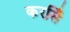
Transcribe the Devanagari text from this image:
करसिँ